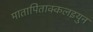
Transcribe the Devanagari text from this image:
मातापिताक्कलइयुन